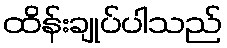
ထိန်းချုပ်ပါသည်